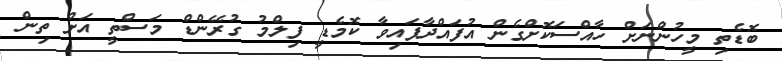
ބޮޑެތި މީހުންނަށް ހާއްސަކޮށްގެން އުފައްދާފައިވާ ކޮމެޑީ ފިލްމު ގުރޭންޑް މަސްތީ އަށް ތިން